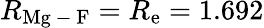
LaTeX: R_{\mathrm{Mg\mathrm{~-~}F}}=R_{\mathrm{e}}=1.692